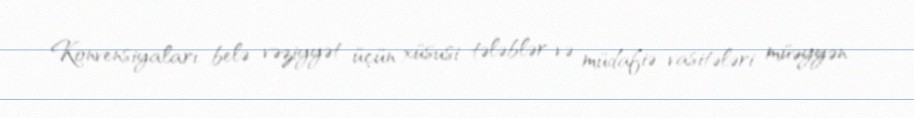
Konvensiyaları belə vəziyyət üçün xüsusi tələblər və müdafiə vasitələri müəyyən